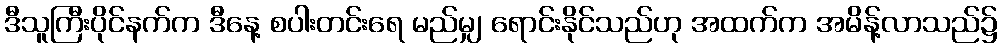
ဒီသူကြီးပိုင်နက်က ဒီနေ့ စပါးတင်းရေ မည်မျှ ရောင်းနိုင်သည်ဟု အထက်က အမိန့်လာသည်၌